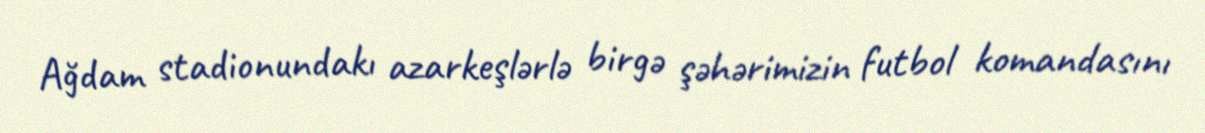
Ağdam stadionundakı azarkeşlərlə birgə şəhərimizin futbol komandasını